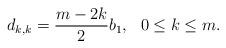
LaTeX: \begin{align*} d_{k,k}=\frac{m-2k}{2}b_{1}, \ \ 0\leq k\leq m.\end{align*}